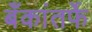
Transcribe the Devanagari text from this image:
बँकांतर्फे